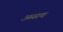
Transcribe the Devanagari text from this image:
असच